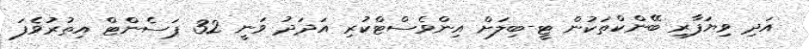
އަދި ވިޔަފާރި ބޭންކްތަކުން ޓީ-ބިލަށް އިންވެސްޓްކުރި އަދަދު ވަނީ 32 ޕަސެންޓް އިތުރުވެފަ